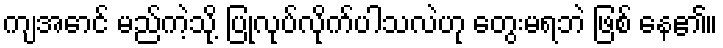
ကျအောင် မည်ကဲ့သို့ ပြုလုပ်လိုက်ပါသလဲဟု တွေးမရဘဲ ဖြစ် နေ၏။